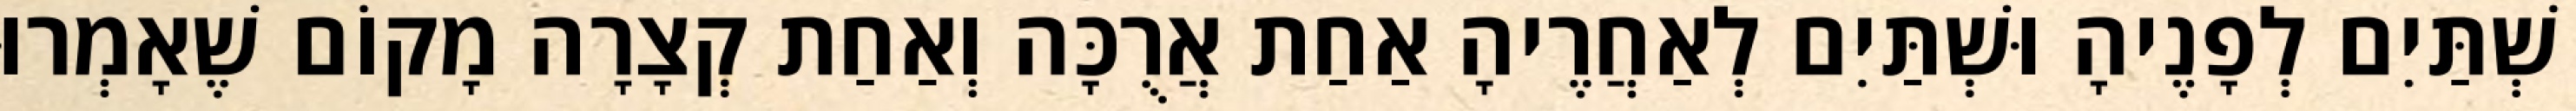
שְׁתַּיִם לְפָנֶיהָ וּשְׁתַּיִם לְאַחֲרֶיהָ אַחַת אֲרֻכָּה וְאַחַת קְצָרָה מָקוֹם שֶׁאָמְרוּ